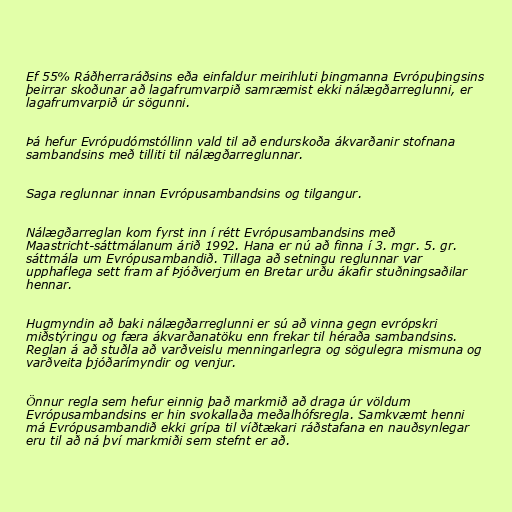
Ef 55% Ráðherraráðsins eða einfaldur meirihluti þingmanna Evrópuþingsins
þeirrar skoðunar að lagafrumvarpið samræmist ekki nálægðarreglunni, er
lagafrumvarpið úr sögunni.

Þá hefur Evrópudómstóllinn vald til að endurskoða ákvarðanir stofnana
sambandsins með tilliti til nálægðarreglunnar.

Saga reglunnar innan Evrópusambandsins og tilgangur.

Nálægðarreglan kom fyrst inn í rétt Evrópusambandsins með
Maastricht-sáttmálanum árið 1992. Hana er nú að finna í 3. mgr. 5. gr.
sáttmála um Evrópusambandið. Tillaga að setningu reglunnar var
upphaflega sett fram af Þjóðverjum en Bretar urðu ákafir stuðningsaðilar
hennar.

Hugmyndin að baki nálægðarreglunni er sú að vinna gegn evrópskri
miðstýringu og færa ákvarðanatöku enn frekar til héraða sambandsins.
Reglan á að stuðla að varðveislu menningarlegra og sögulegra mismuna og
varðveita þjóðarímyndir og venjur.

Önnur regla sem hefur einnig það markmið að draga úr völdum
Evrópusambandsins er hin svokallaða meðalhófsregla. Samkvæmt henni
má Evrópusambandið ekki grípa til víðtækari ráðstafana en nauðsynlegar
eru til að ná því markmiði sem stefnt er að.